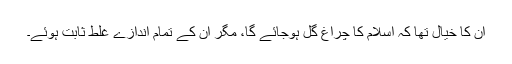
ان کا خیال تھا کہ اسلام کا چراغ گل ہوجائے گا، مگر ان کے تمام اندازے غلط ثابت ہوئے۔